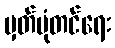
မှတ်ပုံတင်ရေး